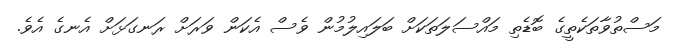
މަސްތުވާތަކެތީގެ ބޮޑެތި މައްސަލަތަކަށް ބަލައިލުމުން ވެސް އެކަން ވަރަށް ރަނގަޅަށް އެނގެ އެވެ.